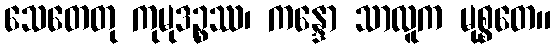
သေတေတု ကုမုဒဉ္စဿ၊ ကန္ဒော သာလူက မုစ္စတေ။